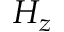
H _ { z }